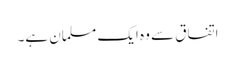
اتفاق سے وہ ایک مسلمان ہے۔